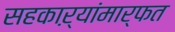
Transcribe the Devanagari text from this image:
सहकाऱ्यांमार्फत